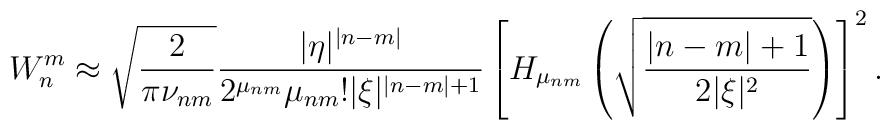
W_n^m\approx\sqrt {\frac 2{\pi\nu_{nm}}}\frac {|\eta|^{|n-m|}}{2^{\mu_{nm}}\mu_{nm}!|\xi |^{|n-m|+1}}\left[H_{\mu_{nm}}\left(\sqrt {\frac {|n-m|+1}{2|\xi |^2}}\right)\right]^2.